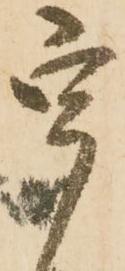
宇